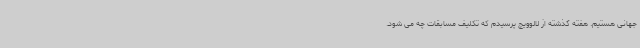
جهانی هستیم. هفته گذشته از لالوویچ پرسیدم که تکلیف مسابقات چه می شود.